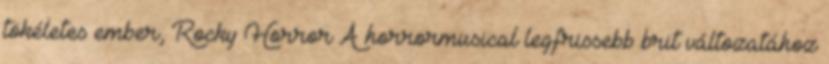
tökéletes ember, Rocky Horror A horrormusical legfrissebb brit változatához